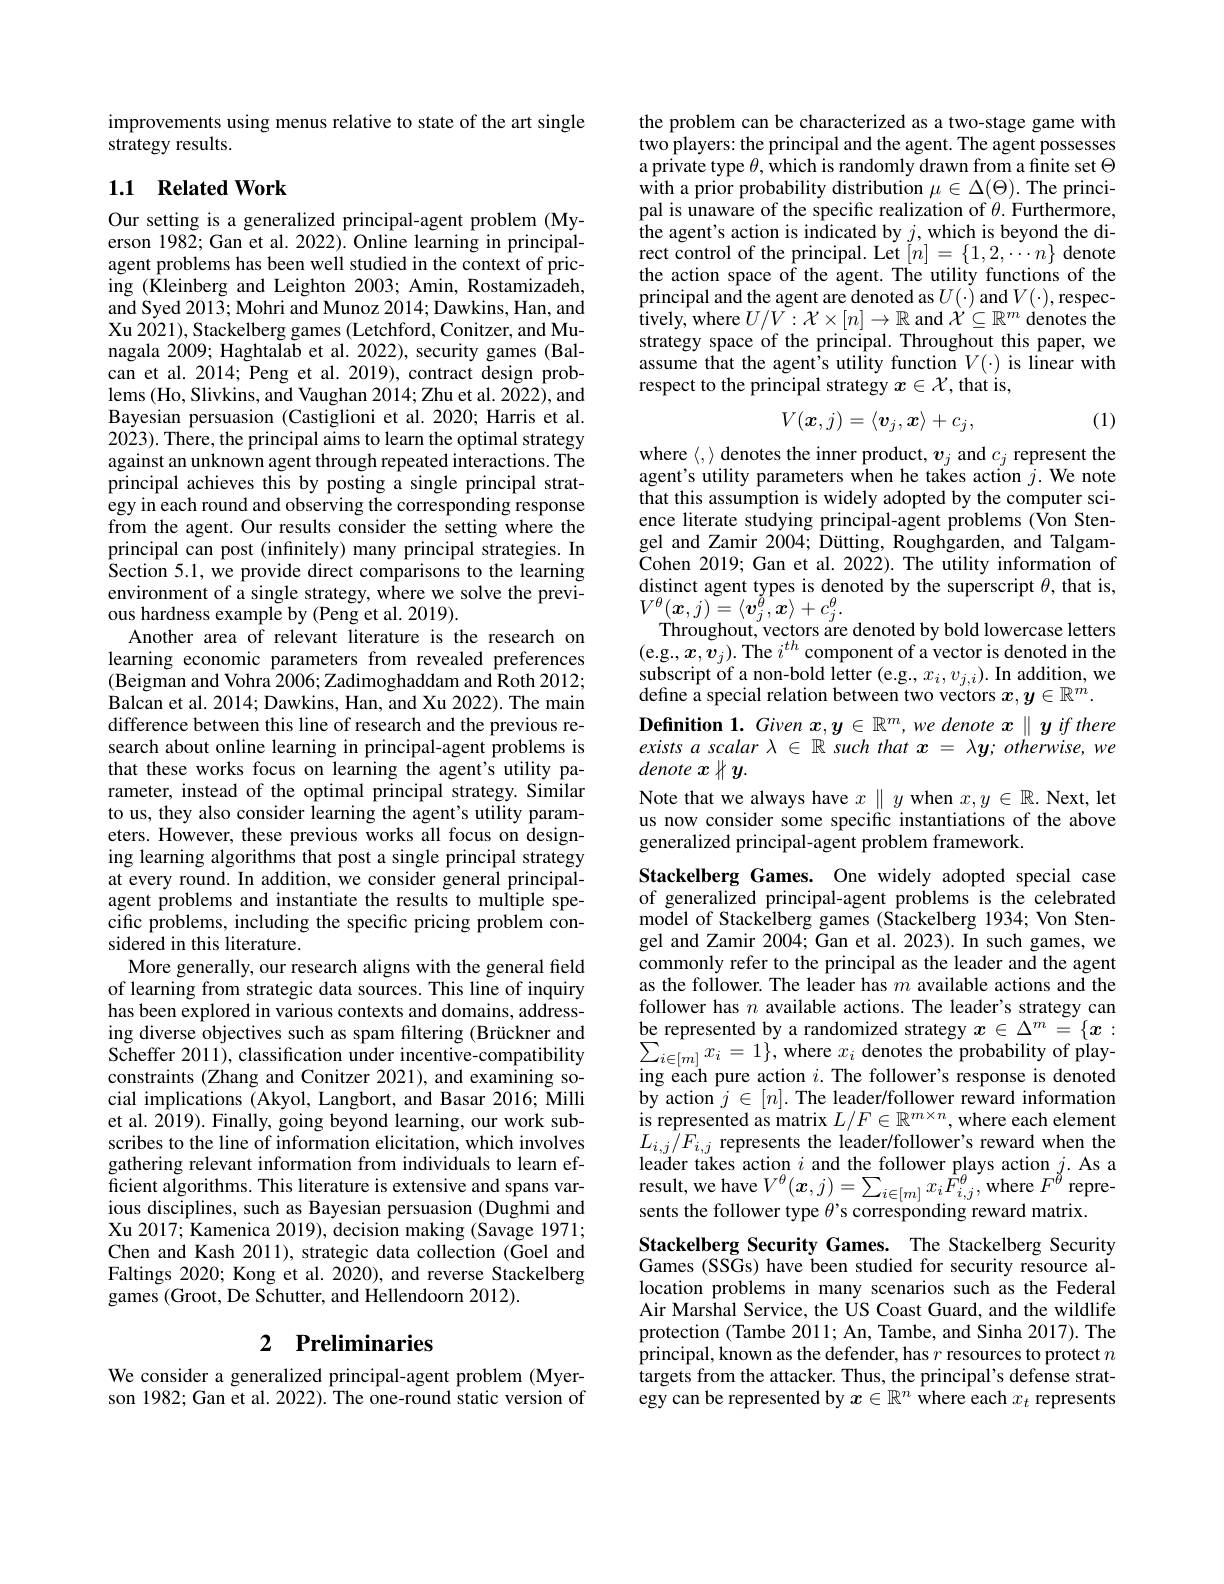
improvements using menus relative to state of the art single
strategy results.

## 1.1 Related Work

Our setting is a generalized principal-agent problem (Myerson 1982; Gan et al. 2022). Online learning in principalagent problems has been well studied in the context of pricing (Kleinberg and Leighton 2003; Amin, Rostamizadeh, and Syed 2013; Mohri and Munoz 2014; Dawkins, Han, and Xu 2021), Stackelberg games (Letchford, Conitzer, and Munagala 2009; Haghtalab et al. 2022), security games (Balcan et al. 2014; Peng et al. 2019), contract design problems (Ho, Slivkins, and Vaughan 2014; Zhu et al. 2022), and Bayesian persuasion (Castiglioni et al.2020; Harris et al. 2023). There, the principal aims to learn the optimal strategy against an unknown agent through repeated interactions. The principal achieves this by posting a single principal strategy in each round and observing the corresponding response from the agent. Our results consider the setting where the principal can post (infinitely) many principal strategies. In Section 5.1, we provide direct comparisons to the learning environment of a single strategy, where we solve the previous hardness example by (Peng et al. 2019).
Another area of relevant literature is the research on learning economic parameters from revealed preferences (Beigman and Vohra 2006; Zadimoghaddam and Roth 2012; Balcan et al. 2014; Dawkins, Han, and Xu 2022). The main difference between this line of research and the previous research about online learning in principal-agent problems is that these works focus on learning the agent's utility parameter, instead of the optimal principal strategy. Similar to us, they also consider learning the agent's utility parameters. However, these previous works all focus on designing learning algorithms that post a single principal strategy at every round. In addition, we consider general principalagent problems and instantiate the results to multiple specific problems, including the specific pricing problem considered in this literature.
More generally, our research aligns with the general field of learning from strategic data sources. This line of inquiry has been explored in various contexts and domains, addressing diverse objectives such as spam filtering (Brückner and Scheffer 2011), classification under incentive-compatibility constraints (Zhang and Conitzer 2021), and examining social implications (Akyol, Langbort, and Basar 2016; Milli et al. 2019). Finally, going beyond learning, our work subscribes to the line of information elicitation, which involves gathering relevant information from individuals to learn efficient algorithms. This literature is extensive and spans various disciplines, such as Bayesian persuasion (Dughmi and Xu 2017; Kamenica 2019), decision making (Savage 1971; Chen and Kash 2011), strategic data collection (Goel and Faltings 2020; Kong et al. 2020), and reverse Stackelberg games (Groot, De Schutter, and Hellendoorn 2012).

# 2 Preliminaries

We consider a generalized principal-agent problem (Myerson 1982; Gan et al. 2022). The one-round static version of

the problem can be characterized as a two-stage game with two players: the principal and the agent. The agent possesses a private type $\theta$, which is randomly drawn from a finite set $\Theta$ with a prior probability distribution $\mu\in\Delta(\Theta).$ The principal is unaware of the specific realization of $\theta.$ Furthermore, the agent's action is indicated by $j$,which is beyond the direct control of the principal. Let $[n]=\{1,2,\cdots n\}$ denote the action space of the agent. The utility functions of the principal and the agent are denoted as $U(\cdot)$ and $V(\cdot)$,respectively, where $U/V:\mathcal{X}\times[n]\to\mathbb{R}$ and $\mathcal{X}\subseteq\mathbb{R}^m$ denotes the strategy space of the principal. Throughout this paper, we assume that the agent's utility function $V(\cdot)$ is linear with respect to the principal strategy $x\in\mathcal{X}$, that is,

(1)
$$V(\boldsymbol{x},j)=\langle\boldsymbol{v}_j,\boldsymbol{x}\rangle+c_j,$$
where $\langle,\rangle$ denotes the inner product, $v_j$ and $c_j$ represent the agent's utility parameters when he takes action $j.$ We note that this assumption is widely adopted by the computer science literate studying principal-agent problems (Von Stengel and Zamir 2004; Dütting, Roughgarden, and TalgamCohen 2019; Gan et al. 2022). The utility information of distinct agent types is denoted by the superscript $\theta$, that is, $V^{\theta}(\boldsymbol{x},j)=\langle\boldsymbol{v}_{j}^{\tilde{\theta}},\boldsymbol{x}\rangle+c_{j}^{\theta}.$
Throughout, vectors are denoted by bold lowercase letters (e.g.,$x,v_j).$The $i^th$ component of a vector is denoted in the subscript of a non-bold letter (e.g., $x_i,v_{j,i}).$ In addition, we define a special relation between two vectors $x,y\in\mathbb{R}^m.$
Definition 1. Given $x, y\in \mathbb{R} ^m, we\textit{denote }x\parallel y\textit{if there}$ exists a scalar $\lambda\in\mathbb{R}$ such that $x=\lambda y;otherwise,we$ denote $x$ H $y.$
Note that we always have $x\parallel y$ when $x,y\in\mathbb{R}.$ Next, let us now consider some specific instantiations of the above generalized principal-agent problem framework.
Stackelberg Games. One widely adopted special case

of generalized principal-agent problems is the celebrated model of Stackelberg games (Stackelberg 1934; Von Stengel and Zamir 2004; Gan et al. 2023). In such games, we commonly refer to the principal as the leader and the agent as the follower. The leader has $m$ available actions and the follower has $n$ available actions. The leader's strategy can be represented by a randomized strategy $x\in\Delta^m=\{x:$ $\begin{array}{l}{\sum_{i\in[m]}x_{i}=1\},\mathrm{~where~}x_{i}\mathrm{~denotes~the~probability~of~play-}}\\{\mathrm{ing~each~pure~action~}i.\mathrm{~The~follower's~response~is~denoted}}\end{array}$ by action $j\in[n].$ The leader/follower reward information is represented as matrix $L/F\in\mathbb{R}^{m\times n}$, where each element $L_{i,j}/F_{i,j}$ represents the leader/follower's reward when the leader takes action $i$ and the follower plays action $j.$ As a result, we have $V^{\theta}(x,j)=\sum_{i\in[m]}x_{i}F_{i,j}^{\theta}$, where $F^{\theta}$ represents the follower type $\theta$'s corresponding reward matrix.
Stackelberg Security Games. The Stackelberg Security

Games (SSGs) have been studied for security resource allocation problems in many scenarios such as the Federal Air Marshal Service, the US Coast Guard, and the wildlife protection (Tambe 2011; An, Tambe, and Sinha 2017). The principal, known as the defender, has $r$ resources to protect $n$ targets from the attacker. Thus, the principal's defense strategy can be represented by $x\in\mathbb{R}^n$ where each $x_t$ represents